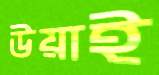
উয়াই